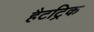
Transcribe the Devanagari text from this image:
हैटट्रिक